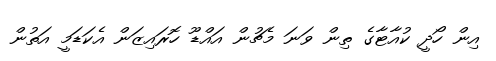
އިން ހޯދީ ކުއާޓާގެ ތިން ވަނަ މެޗުން އައްޑޫ ހޮރައިޒަން އެކަޑަމީ އަތުން